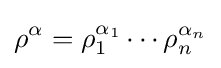
\rho ^{\alpha }=\rho _{1}^{\alpha _{1}}\cdots \rho _{n}^{\alpha _{n}}